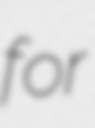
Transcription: for